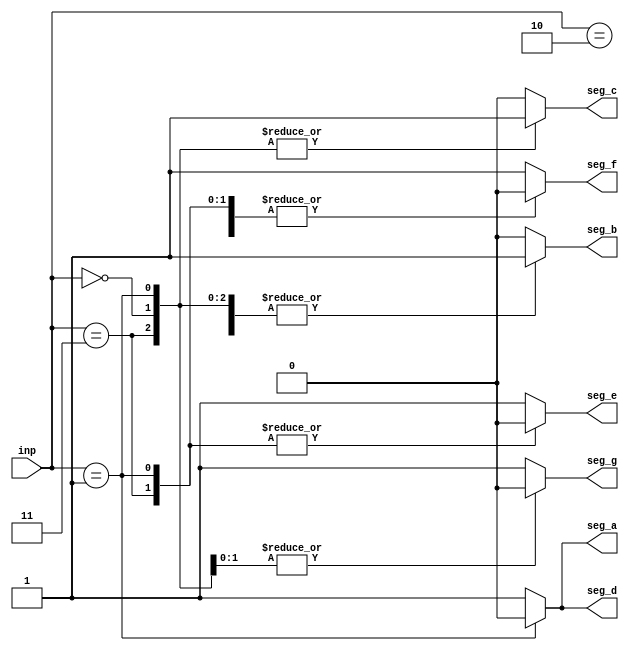
module seven_segement_contorller(
    input [2:0]inp,
    output reg seg_a,seg_b,seg_c,seg_d,seg_e,seg_f,seg_g
);

    always @(*)begin
        {seg_a,seg_b,seg_c,seg_d,seg_e,seg_f,seg_g} = 7'b1001111;
        case(inp)
            3'b000 : {seg_a,seg_b,seg_c,seg_d,seg_e,seg_f,seg_g} = 7'b1111110;
            3'b001 : {seg_a,seg_b,seg_c,seg_d,seg_e,seg_f,seg_g} = 7'b0110000;
            3'b010 : {seg_a,seg_b,seg_c,seg_d,seg_e,seg_f,seg_g} = 7'b1101101;
            3'b011 : {seg_a,seg_b,seg_c,seg_d,seg_e,seg_f,seg_g} = 7'b1111001;
        endcase
    end
endmodule


module seven_segement_contorller_tb();
    integer i;
    reg[2:0] inp;
    wire seg_a,seg_b,seg_c,seg_d,seg_e,seg_f,seg_g;

    seven_segement_contorller DUT(.seg_a(seg_a),.seg_b(seg_b),.seg_c(seg_c),.seg_d(seg_d),
        .seg_e(seg_e),.seg_f(seg_f),.seg_g(seg_g),.inp(inp)
    );

    initial begin
        inp = 3'd0;
        #100;
        for(i = 0;i < 5;i = i+1)begin
            inp = $random;
            #100;
        end
        $stop;
    end

    initial $monitor("time = $t, input = %b, output = %b",inp,{seg_a,seg_b,seg_c,seg_d,seg_e,seg_f,seg_g});
endmodule